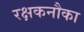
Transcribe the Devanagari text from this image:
रक्षकनौका